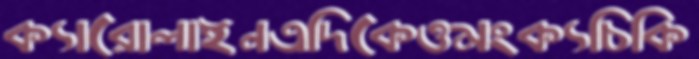
ক্যারোলাইনএদিকেওমংক্যচিকি